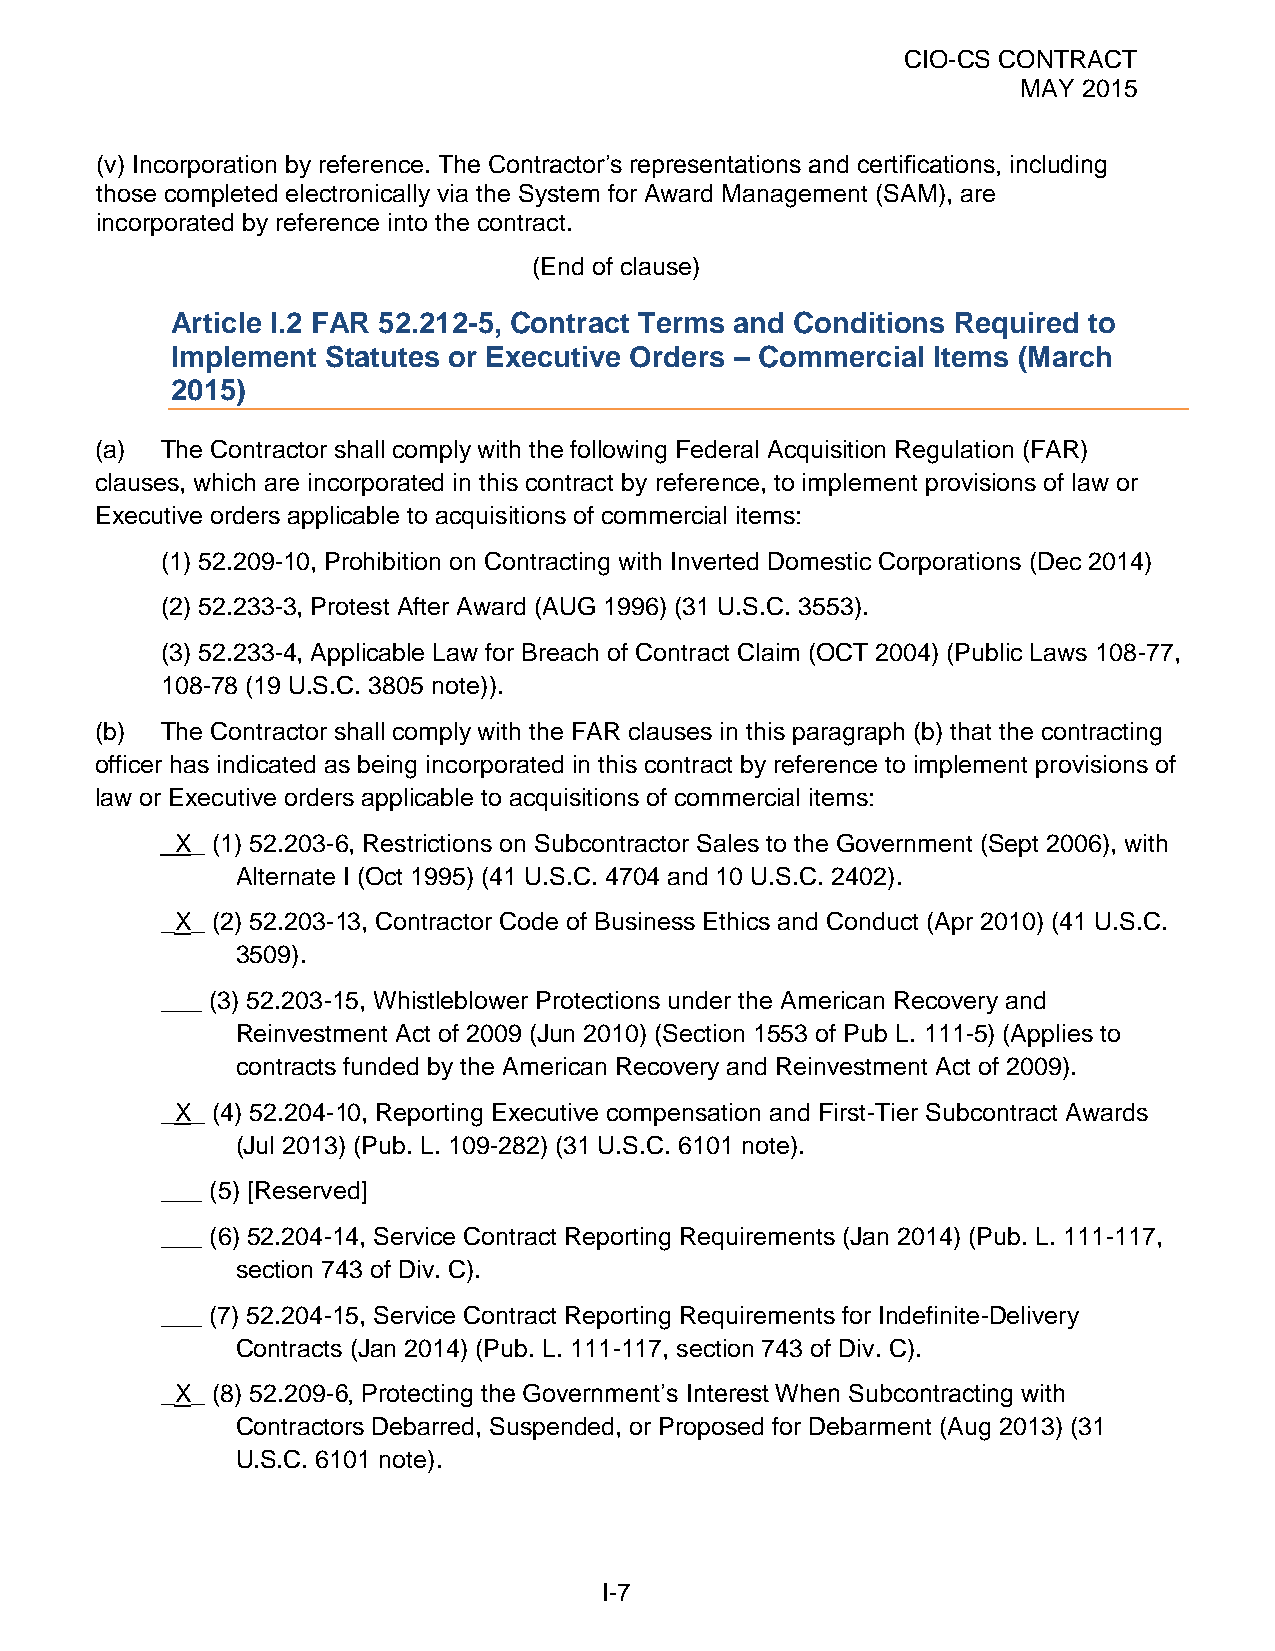
CIO-CS CONTRACT
 MAY 2015
 (v) Incorporation by reference. The Contractor’s representations and certifications, including
 those completed electronically via the System for Award Management (SAM), are
 incorporated by reference into the contract.
 (End of clause)
 Article I.2 FAR 52.212-5, Contract Terms and Conditions Required to
 Implement  Statutes or Executive Orders – Commercial Items (March
 2015)
 (a)  The Contractor shall comply with the following Federal Acquisition Regulation (FAR)
 clauses, which are incorporated in this contract by reference, to implement provisions of law or
 Executive orders applicable to acquisitions of commercial items:
 (1) 52.209-10, Prohibition on Contracting with Inverted Domestic Corporations (Dec 2014)
 (2) 52.233-3, Protest After Award (AUG 1996) (31 U.S.C. 3553).
 (3) 52.233-4, Applicable Law for Breach of Contract Claim (OCT 2004) (Public Laws 108-77,
 108-78 (19 U.S.C. 3805 note)).
 (b)  The Contractor shall comply with the FAR clauses in this paragraph (b) that the contracting
 officer has indicated as being incorporated in this contract by reference to implement provisions of
 law or Executive orders applicable to acquisitions of commercial items:
 _X_ (1) 52.203-6, Restrictions on Subcontractor Sales to the Government (Sept 2006), with
 Alternate I (Oct 1995) (41 U.S.C. 4704 and 10 U.S.C. 2402).
 _X_ (2) 52.203-13, Contractor Code of Business Ethics and Conduct (Apr 2010) (41 U.S.C.
 3509).
 ___ (3) 52.203-15, Whistleblower Protections under the American Recovery and
 Reinvestment Act of 2009 (Jun 2010) (Section 1553 of Pub L. 111-5) (Applies to
 contracts funded by the American Recovery and Reinvestment Act of 2009).
 _X_ (4) 52.204-10, Reporting Executive compensation and First-Tier Subcontract Awards
 (Jul 2013) (Pub. L. 109-282) (31 U.S.C. 6101 note).
 ___ (5) [Reserved]
 ___ (6) 52.204-14, Service Contract Reporting Requirements (Jan 2014) (Pub. L. 111-117,
 section 743 of Div. C).
 ___ (7) 52.204-15, Service Contract Reporting Requirements for Indefinite-Delivery
 Contracts (Jan 2014) (Pub. L. 111-117, section 743 of Div. C).
 _X_ (8) 52.209-6, Protecting the Government’s Interest When Subcontracting with
 Contractors Debarred, Suspended, or Proposed for Debarment (Aug 2013) (31
 U.S.C. 6101 note).
 I-7